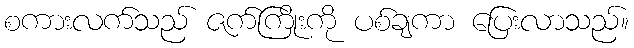
စကားလက်သည် ဇက်ကြိုးကို ပစ်ချကာ ပြေးလာသည်။